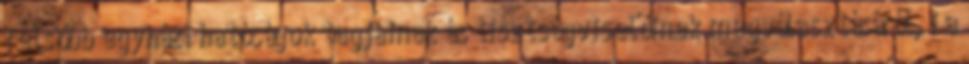
felsőbb egyházi hatóságok tagjainak és tisztségviselőinek megválasztásáról, i a